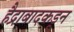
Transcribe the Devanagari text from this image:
हैद्राबादकडून